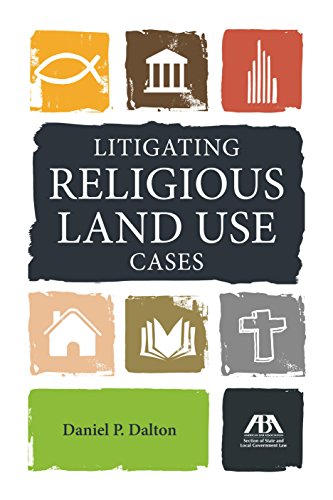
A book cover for Litigating Religious Land Use Cases; Daniel P. Dalton; Law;